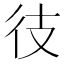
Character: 𫹍